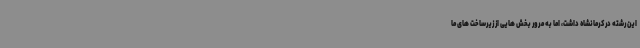
این رشته در کرمانشاه داشت، اما به مرور بخش هایی از زیرساخت های ما